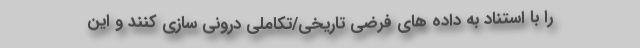
را با استناد به داده های فرضی تاریخی/تکاملی درونی سازی کنند و این